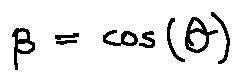
\beta = \cos ( \theta )